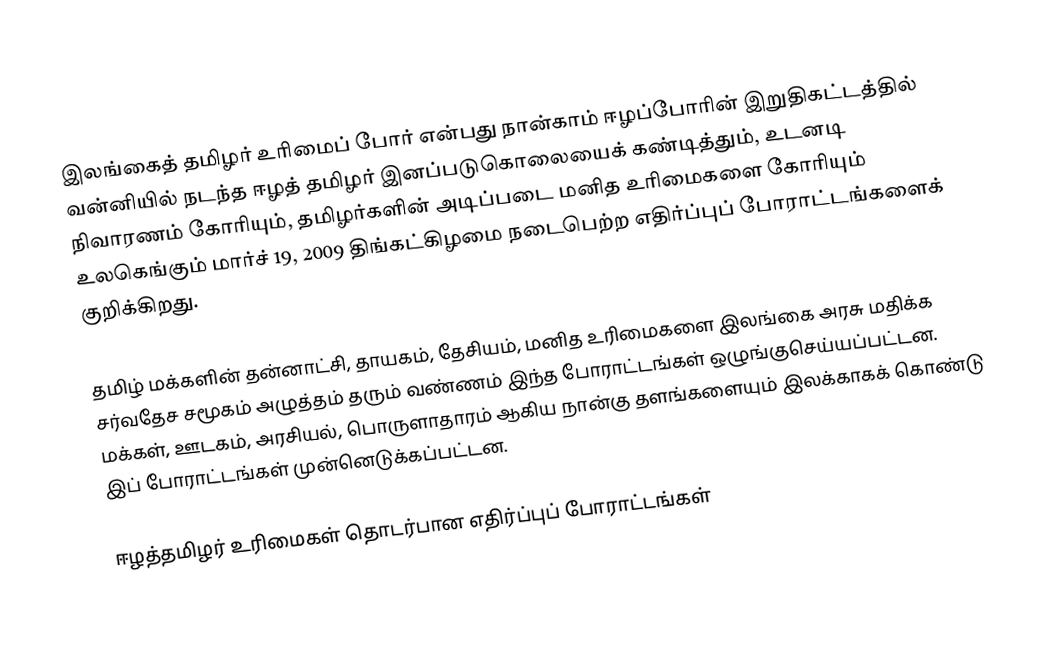
இலங்கைத் தமிழர் உரிமைப் போர் என்பது நான்காம் ஈழப்போரின் இறுதிகட்டத்தில் வன்னியில் நடந்த ஈழத் தமிழர் இனப்படுகொலையைக் கண்டித்தும், உடனடி நிவாரணம் கோரியும், தமிழர்களின் அடிப்படை மனித உரிமைகளை கோரியும் உலகெங்கும் மார்ச் 19, 2009 திங்கட்கிழமை நடைபெற்ற எதிர்ப்புப் போராட்டங்களைக் குறிக்கிறது.

தமிழ் மக்களின் தன்னாட்சி, தாயகம், தேசியம், மனித உரிமைகளை இலங்கை அரசு மதிக்க சர்வதேச சமூகம் அழுத்தம் தரும் வண்ணம் இந்த போராட்டங்கள் ஒழுங்குசெய்யப்பட்டன. மக்கள், ஊடகம், அரசியல், பொருளாதாரம் ஆகிய நான்கு தளங்களையும் இலக்காகக் கொண்டு இப் போராட்டங்கள் முன்னெடுக்கப்பட்டன.

ஈழத்தமிழர் உரிமைகள் தொடர்பான எதிர்ப்புப் போராட்டங்கள்